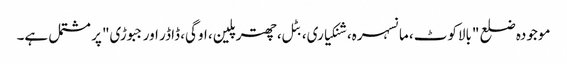
موجودہ ضلع "بالاکوٹ، مانسہرہ، شنکیاری، بٹل، چھترپلین، اوگی، ڈاڈر اور جبوڑی" پر مشتمل ہے۔